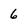
Character: 6